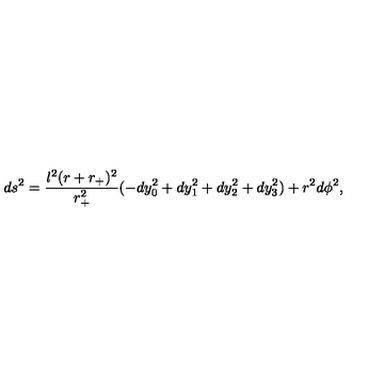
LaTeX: d s ^ { 2 } = \frac { l ^ { 2 } ( r + r _ { + } ) ^ { 2 } } { r _ { + } ^ { 2 } } ( - d y _ { 0 } ^ { 2 } + d y _ { 1 } ^ { 2 } + d y _ { 2 } ^ { 2 } + d y _ { 3 } ^ { 2 } ) + r ^ { 2 } d \phi ^ { 2 } ,